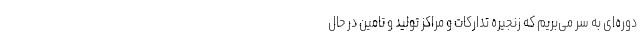
دوره‌ای به سر می‌بریم که زنجیره تدارکات و مراکز تولید و تامین در حال